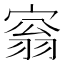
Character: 𡩥